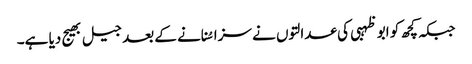
جبکہ کچھ کو ابو ظہبی کی عدالتوں نے سزا سُنانے کے بعد جیل بھیج دیا ہے۔